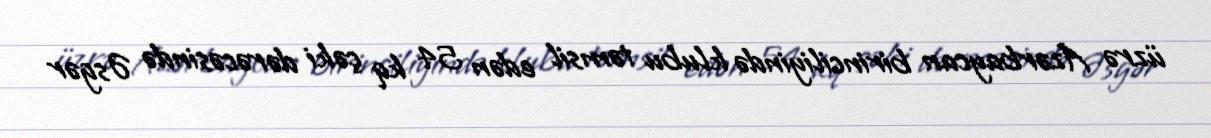
üzrə Azərbaycan birinciliyində klubu təmsil edən 54 kq çəki dərəcəsində Əsgər